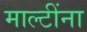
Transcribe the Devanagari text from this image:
माल्टींना